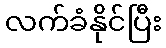
လက်ခံနိုင်ပြီး